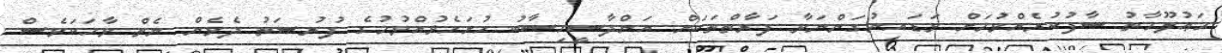
މަޢުލޫމާތު ސާފުކުރެއްވުމަށް ވަޑައިނުގަންނަވާ ފަރާތްތަކަށް އަންދާސީހިސާބު ހުށަހެޅުއްވުމުގެ ފުރުޞަތު ދެވެން ނެތް ވާހަކަވެސް